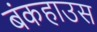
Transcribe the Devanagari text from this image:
बंकहाउस